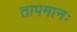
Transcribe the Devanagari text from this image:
तापमानः